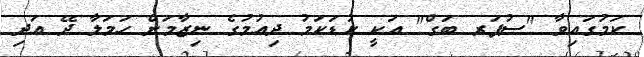
ކަމުގައިވާ "ސުޕަރ ބަގް" އަކީ ކުޑަކަމު ދިއުމުގެ ނިޒާމަށް ހަމަލާ ދޭ އަދި